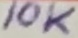
Text: 10K